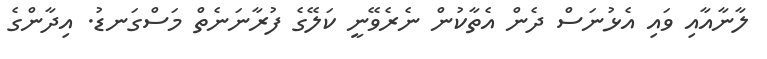
ލާނާއާއި ވައި އެޅުނަސް ދެން އެތާކުން ނެރެވޭނީ ކަލޭގެ ފުރާނަނެތް މަސްގަނޑު. އިދާންގެ